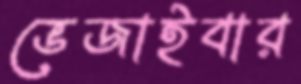
ভেজাইবার